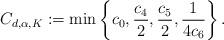
LaTeX: \begin{align*}C_{d,\alpha,K} := \min\left\{c_0,\frac{c_4}{2}, \frac{c_5}{2},\frac{1}{4c_6}\right\}.\end{align*}